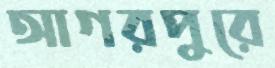
আগরপুরে